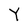
Character: Y